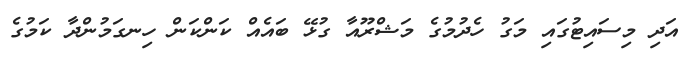
އަދި މިސައިޓުގައި މަގު ހެދުމުގެ މަޝްރޫއާ ގުޅޭ ބައެއް ކަންކަން ހިނގަމުންދާ ކަމުގެ